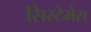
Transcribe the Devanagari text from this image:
सिस्टेमेस